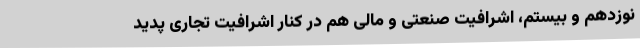
نوزدهم و بیستم، اشرافیت صنعتی و مالی هم در کنار اشرافیت تجاری پدید